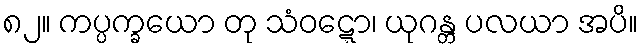
၈၂။ ကပ္ပက္ခယော တု သံဝဋ္ဋော၊ ယုဂန္တ ပလယာ အပိ။